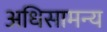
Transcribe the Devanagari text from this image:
अधिसामन्य